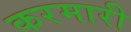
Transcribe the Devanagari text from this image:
करमारी